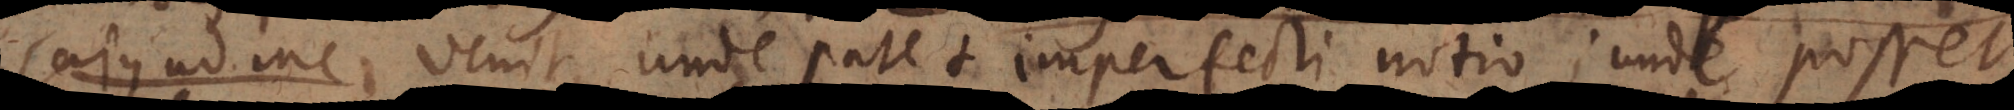
Cajus ad me venit, unde patet imperfecti notio; unde posset